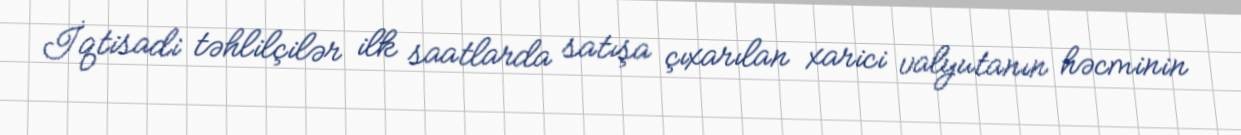
İqtisadi təhlilçilər ilk saatlarda satışa çıxarılan xarici valyutanın həcminin